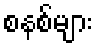
စနစ်များ